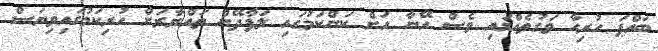
ބައްޕަ ހުރިހާ ވަގުތެއްގައި ވެސް އޭނާ އަށް ކަންކަމުގައި ލަފާދޭން ތައްޔާރަށް ހުރިކަމުގައިވިޔަސް